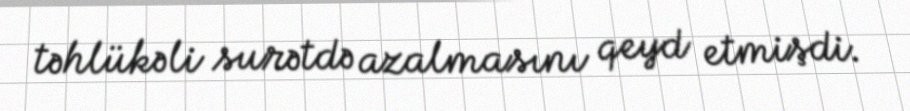
təhlükəli surətdə azalmasını qeyd etmişdi.